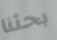
بحثنا